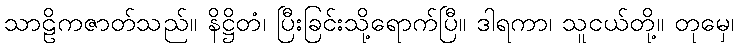
သာဠိကဇာတ်သည်။ နိဋ္ဌိတံ၊ ပြီးခြင်းသို့ရောက်ပြီ။ ဒါရကာ၊ သူငယ်တို့။ တုမှေ၊